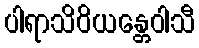
ပါရာသိဝိယန္တေဝါသီ